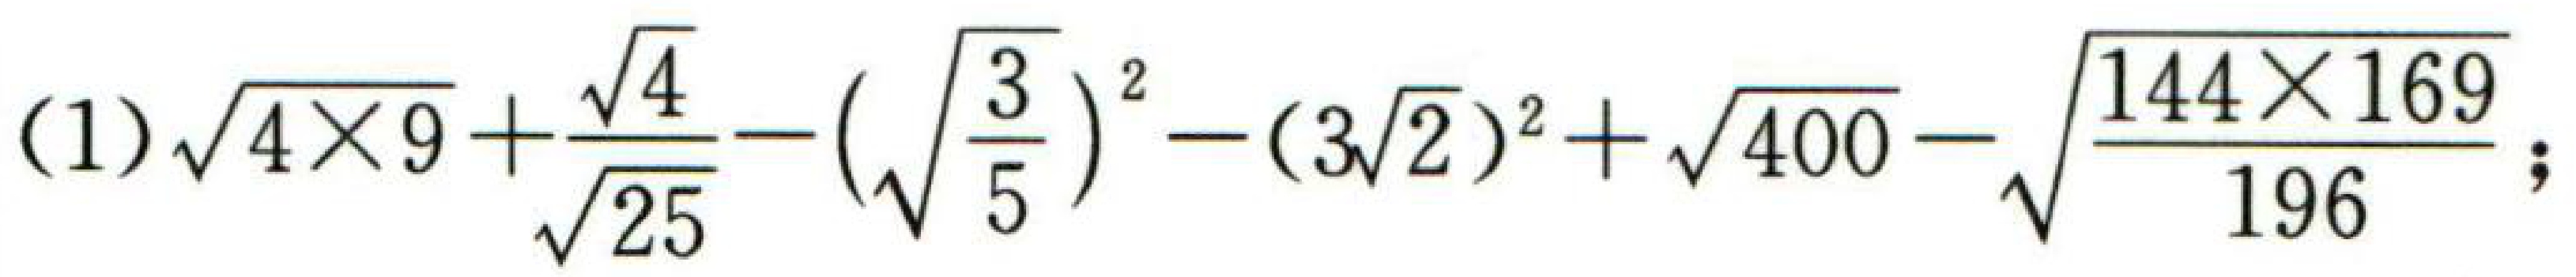
(1)$\sqrt{4\times9}+\frac{\sqrt{4}}{\sqrt{25}}-(\sqrt{\frac{3}{5}})^2-(3\sqrt{2})^2+\sqrt{400}-\sqrt{\frac{144\times169}{196}}$；